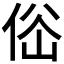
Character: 𠉚